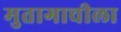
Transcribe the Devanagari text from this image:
मुतागाचीला